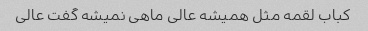
کباب لقمه مثل همیشه عالی ماهی نمیشه گفت عالی